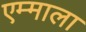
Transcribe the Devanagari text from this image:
एम्माला